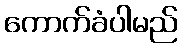
ကောက်ခံပါမည်